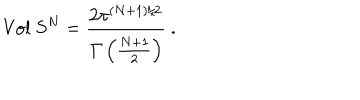
\mathrm { V o l } \ S ^ { N } = \frac { 2 \pi ^ { ( N + 1 ) / 2 } } { { \mit \Gamma } \left( \frac { N + 1 } { 2 } \right) } \ .